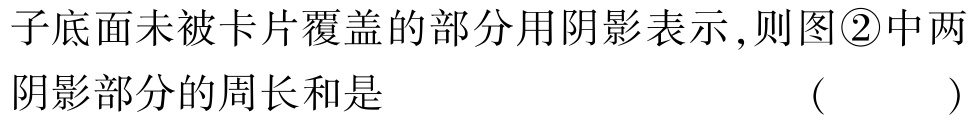
子底面未被卡片覆盖的部分用阴影表示,则图\textcircled{2}中两

阴影部分的周长和是 （ ）